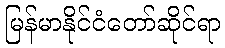
မြန်မာနိုင်ငံတော်ဆိုင်ရာ